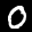
Label: 0